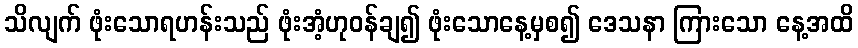
သိလျက် ဖုံးသောရဟန်းသည် ဖုံးအံ့ဟုဝန်ချ၍ ဖုံးသောနေ့မှစ၍ ဒေသနာ ကြားသော နေ့အထိ